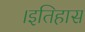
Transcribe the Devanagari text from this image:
।इतिहास